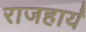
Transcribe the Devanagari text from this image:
राजहार्यं